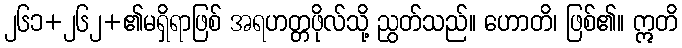
၂၆၁+၂၆၂+၏မရှိရာဖြစ် အရဟတ္တဖိုလ်သို့ ညွတ်သည်။ ဟောတိ၊ ဖြစ်၏။ ဣတိ